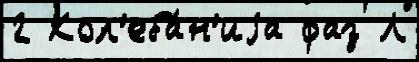
2 Кол'еба́н'иjа фаз Л